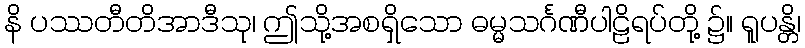
နိ ပဿတီတိအာဒီသု၊ ဤသို့အစရှိသော ဓမ္မသင်္ဂဏီပါဠိရပ်တို့ ၌။ ရူပန္တိ၊